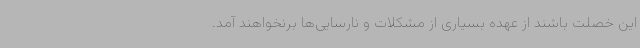
این خصلت باشند از عهده بسیاری از مشکلات و نارسایی‌ها برنخواهند آمد.